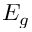
E _ { g }